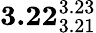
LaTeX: \mathbf{3.22}_{3.21}^{3.23}